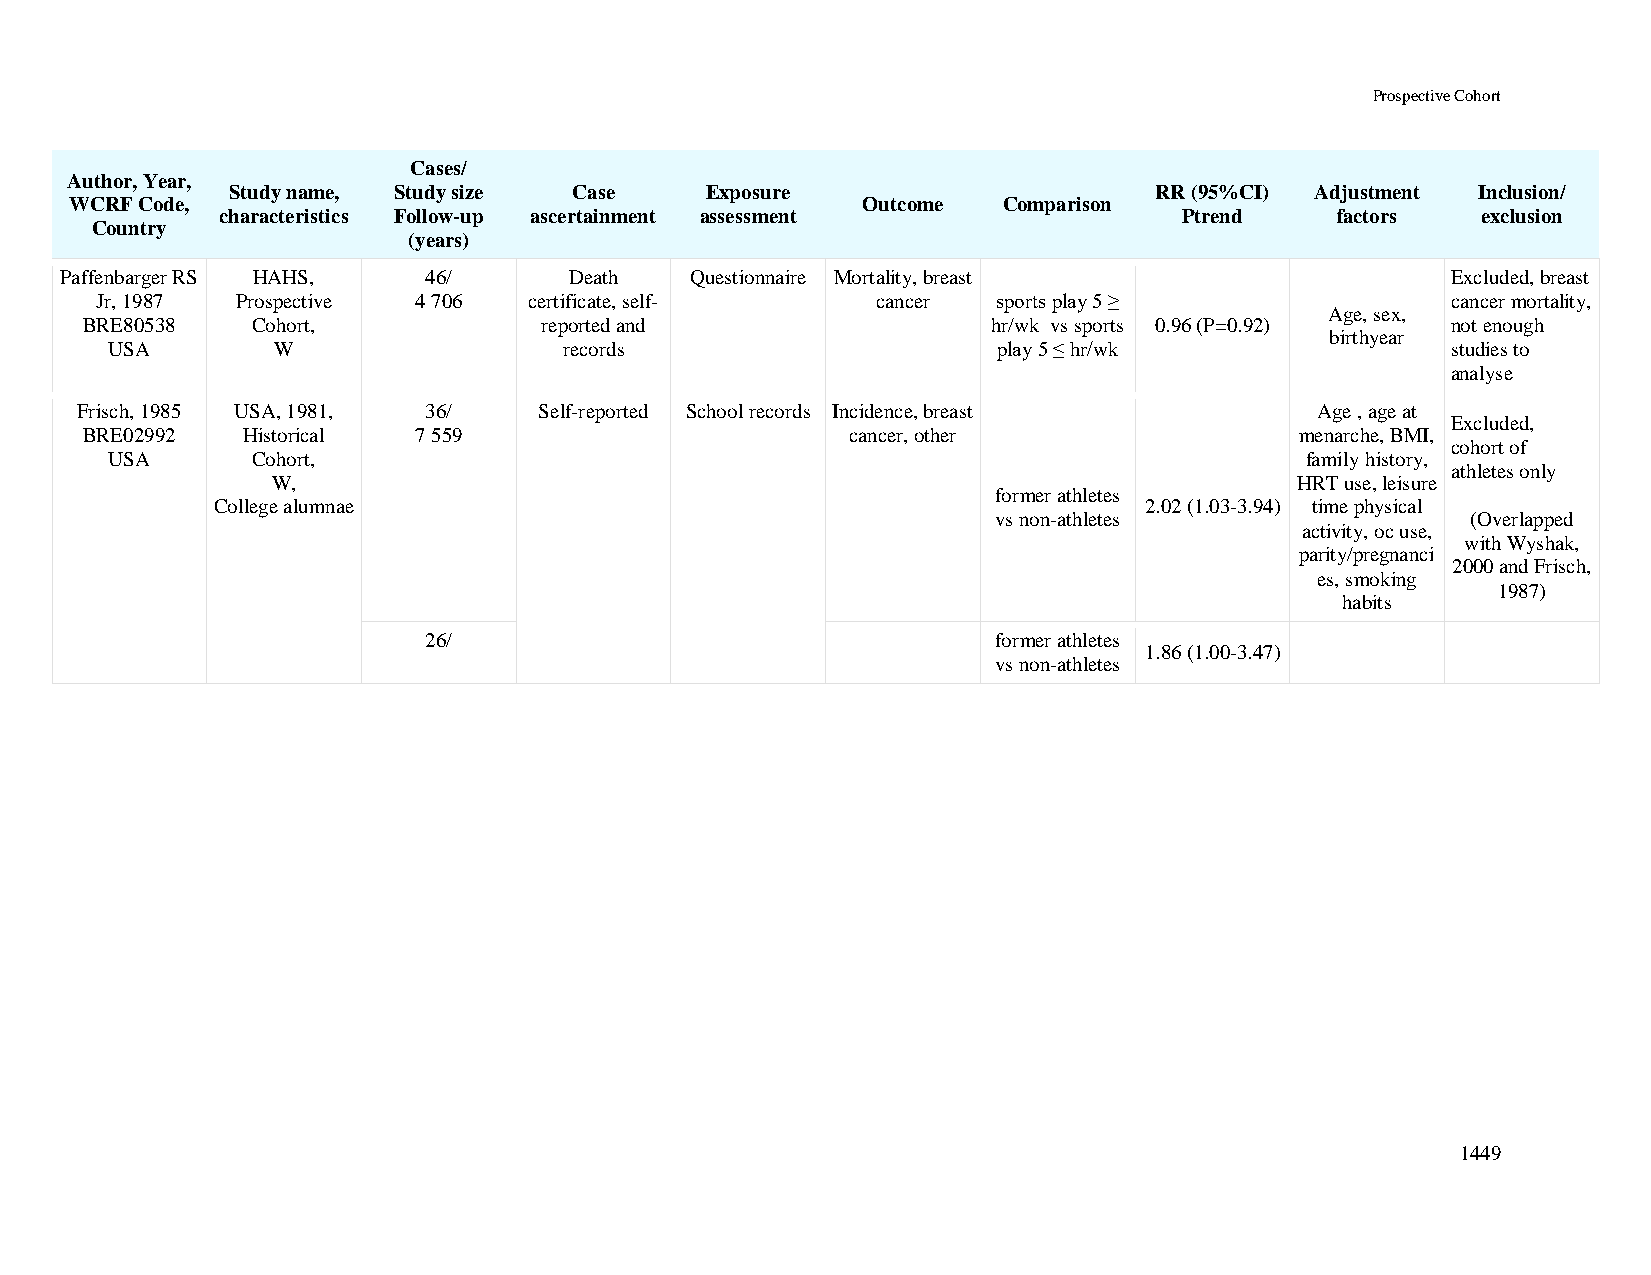
Prospective Cohort
 Cases/
 Author, Year,
 Study name, Study size Case     Exposure                     RR (95%CI) Adjustment Inclusion/
 WCRF Code,                                          Outcome  Comparison
 characteristics Follow-up ascertainment assessment             Ptrend    factors   exclusion
 Country
 (years)
 Paffenbarger RS HAHS,   46/       Death   Questionnaire Mortality, breast                   Excluded, breast
 Jr, 1987  Prospective 4 706  certificate, self-     cancer  sports play 5 ≥               cancer mortality,
 Age, sex,
 BRE80538    Cohort,            reported and                  hr/wk vs sports 0.96 (P=0.92) not enough
 birthyear
 USA        W                  records                      play 5 ≤ hr/wk                studies to
 analyse
 Frisch, 1985 USA, 1981, 36/    Self-reported School records Incidence, breast     Age , age at
 Excluded,
 BRE02992   Historical 7 559                        cancer, other                 menarche, BMI,
 cohort of
 USA       Cohort,                                                              family history,
 athletes only
 W,                                                                  HRT use, leisure
 former athletes
 College alumnae                                               2.02 (1.03-3.94) time physical
 vs non-athletes                (Overlapped
 activity, oc use,
 with Wyshak,
 parity/pregnanci
 2000 and Frisch,
 es, smoking
 1987)
 habits
 26/                                   former athletes
 1.86 (1.00-3.47)
 vs non-athletes
 1449